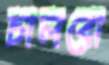
চালবো